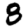
Digit: 8